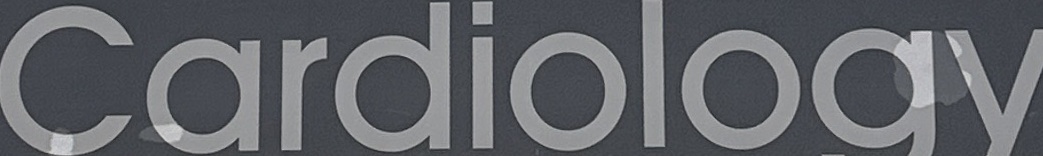
Cardiology